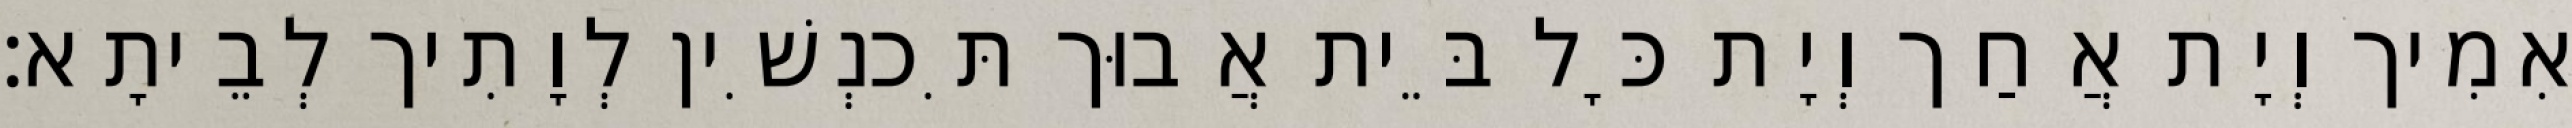
אִמִיך וְיָת אֲחַך וְיָת כָּל בֵּית אֲבוּך תִּכנְשִׁין לְוָתִיך לְבֵיתָא׃